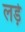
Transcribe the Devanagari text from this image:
लडे़